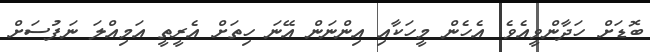
ބޮޑަށް ހަދާންވީއެވެ. އެހެން މީހަކާއި އިންނަން އޭނަ ހިތަށް އެރީތީ އަމިއްލަ ނަފުސަށް